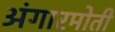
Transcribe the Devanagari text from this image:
अंगारमोती